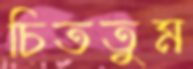
চিততুম